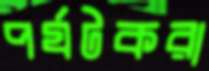
পর্যটকরা